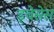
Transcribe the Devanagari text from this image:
ड्वेसेस